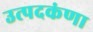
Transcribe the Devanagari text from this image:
उत्पदकंणा